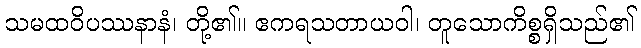
သမထဝိပဿနာနံ၊ တို့၏။ ဧကရသတာယဝါ၊ တူသောကိစ္စရှိသည်၏